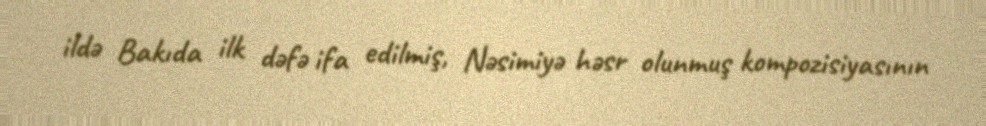
ildə Bakıda ilk dəfə ifa edilmiş, Nəsimiyə həsr olunmuş kompozisiyasının